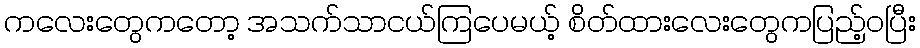
ကလေးတွေကတော့ အသက်သာငယ်ကြပေမယ့် စိတ်ထားလေးတွေကပြည့်ဝပြီး